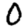
Digit: 0